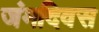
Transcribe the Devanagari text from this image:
जंमदिवस